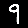
Digit: 9